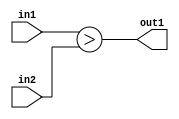
`timescale 1ps / 1ps
/*****************************************************************************
    Verilog RTL Description
    
    
    Created by: Stratus DpOpt 21.05.01 
*******************************************************************************/

module Filter_LessThan_2Ux2U_1U_4 (
	in2,
	in1,
	out1
	); /* architecture "behavioural" */ 
input [1:0] in2,
	in1;
output  out1;
wire  asc001;

assign asc001 = (in1>in2);

assign out1 = asc001;
endmodule

/* CADENCE  urj2TAg= : u9/ySxbfrwZIxEzHVQQV8Q== ** DO NOT EDIT THIS LINE ******/